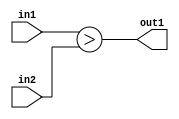
`timescale 1ps / 1ps
/*****************************************************************************
    Verilog RTL Description
    
    
    Created by: Stratus DpOpt 21.05.01 
*******************************************************************************/

module Filter_LessThan_2Ux2U_1U_4 (
	in2,
	in1,
	out1
	); /* architecture "behavioural" */ 
input [1:0] in2,
	in1;
output  out1;
wire  asc001;

assign asc001 = (in1>in2);

assign out1 = asc001;
endmodule

/* CADENCE  urj2TAg= : u9/ySxbfrwZIxEzHVQQV8Q== ** DO NOT EDIT THIS LINE ******/